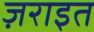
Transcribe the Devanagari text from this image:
ज़राइत